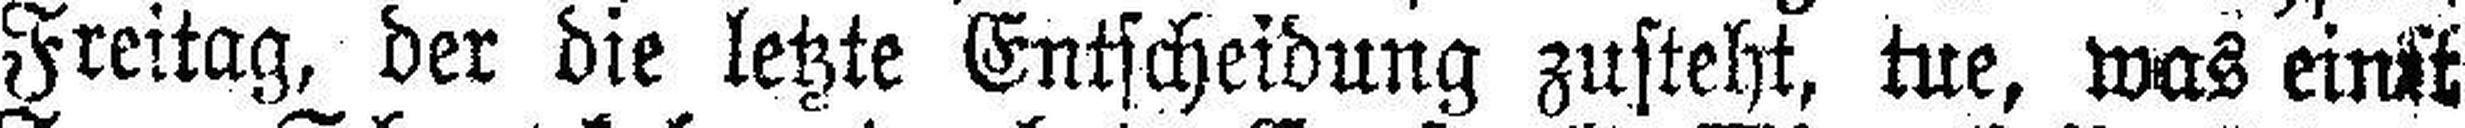
Freitag, der die letzte Entscheidung zusteht, tue, was einst